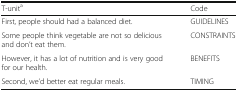
| T-unita | Code |
 | --- | --- |
 | First, people should had a balanced diet. | GUIDELINES |
 | Some people think vegetable are not so delicious and don’t eat them. | CONSTRAINTS |
 | However, it has a lot of nutrition and is very good for our health. | BENEFITS |
 | Second, we’d better eat regular meals. | TIMING |